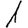
Digit: 1